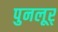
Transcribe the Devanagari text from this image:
पुनलूर्